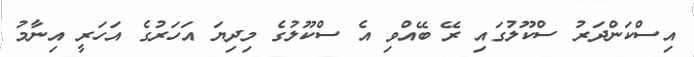
އިސްކަންދަރު ސްކޫލުގައި ރޭ ބޭއްވި އެ ސްކޫލުގެ މިދިޔަ އަހަރުގެ އަހަރީ އިނާމު